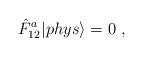
LaTeX: \begin{align*}\displaystyle \hat{F}_{12}^a|phys{\rangle }=0~,\end{align*}